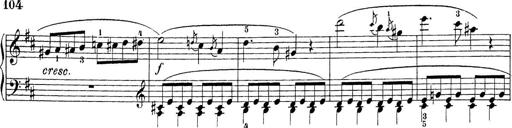
Title: Sonatina Album
Composer: Louis KÃ¶hler